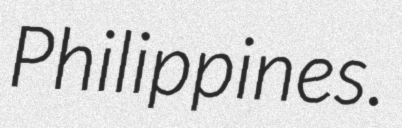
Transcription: Philippines.